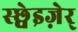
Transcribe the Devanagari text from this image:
स्छ्वेइज़ेर्